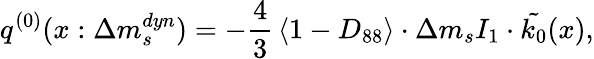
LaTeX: q^{(0)}(x:\Delta m_{s}^{dyn})=-\frac{4}{3}\, \langle 1-D_{88}\rangle\cdot\Delta m_{s}I_{1}\cdot\tilde{k_{0}}(x),